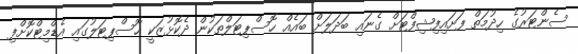
ސެންޓަރުގެ ހިދުމަތް ފަށައިފިޝިފްޓަށް ގެނައި ބަދަލަށް ބައެއް ހޮސްޕިޓަލްތަކުން ދެކޮޅުޒަކީ ހޮސްޕިޓަލުގައި އެޑްމިޓްކޮށްފި